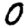
Digit: 0